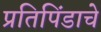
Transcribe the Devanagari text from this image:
प्रतिपिंडाचे